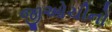
જીઓચીનો